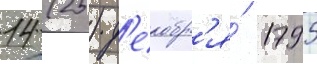
14 (25) д'екабр'я́ 1795